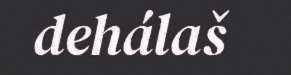
dehálaš